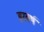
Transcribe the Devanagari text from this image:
हरवर्ष